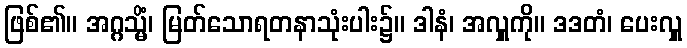
ဖြစ်၏။ အဂ္ဂသ္မိံ၊ မြတ်သောရတနာသုံးပါး၌။ ဒါနံ၊ အလှူကို။ ဒဒတံ၊ ပေးလှူ